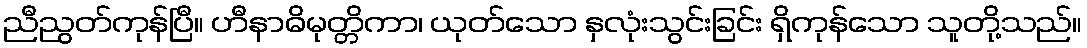
ညီညွတ်ကုန်ပြီ။ ဟီနာဓိမုတ္တိကာ၊ ယုတ်သော နှလုံးသွင်းခြင်း ရှိကုန်သော သူတို့သည်။